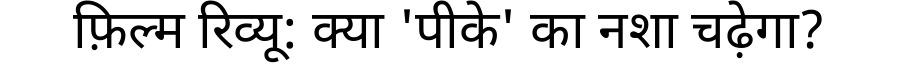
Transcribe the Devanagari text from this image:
फ़िल्म रिव्यू: क्या 'पीके' का नशा चढ़ेगा?